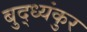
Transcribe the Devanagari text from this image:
बुद्ध्यंकुर